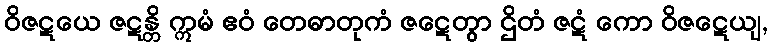
ဝိဇဋယေ ဇဋန္တိ ဣမံ ဧဝံ တေဓာတုကံ ဇဋေတွာ ဌိတံ ဇဋံ ကော ဝိဇဋေယျ,